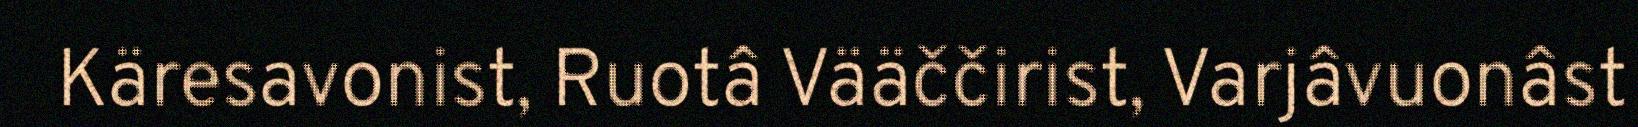
Käresavonist, Ruotâ Vääččirist, Varjâvuonâst